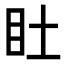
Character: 𥃾